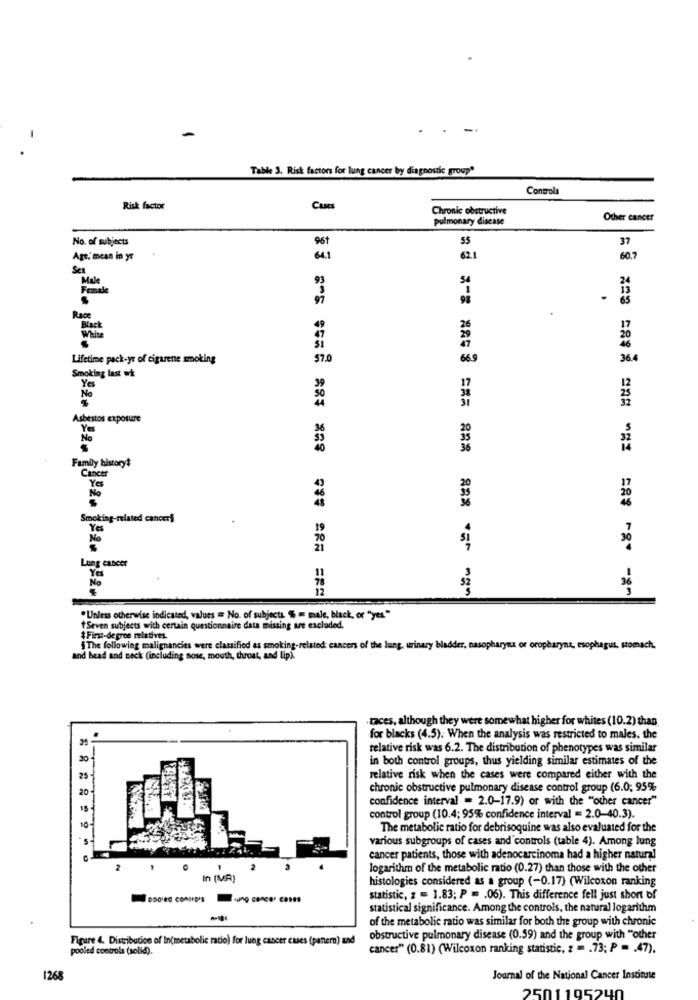
Table 3. Risk factors for lung cancer by diagnostic group"
Controls
Risk factor
Cases
Chronic obstructive
pulmonary disease
Other cancer
No. of subjects
961
55
37
Age, mean in yr
64.1
62.
60.7
Sex
Male
93
Female
97
Race
17
Black
White
20
Lifetime pack-yr of cigarette smoking
57.0
66.9
36.4
Smoking last wk
Yes
No
Asbestos exposure
Yes
32
Family historyt
Cancer
Yes
No
20
Smoking-related cancers
Yes
.7
No
30
Lung cancer
Ye
No
36
== ** **== === === === === mg
.Unless otherwise indicated, values = No. of subjects $ = male, black, or "yes"
Seven subjects with certain questionnaire data missing are excluded.
$First-degree relatives.
§ The following malignancies were classified as smoking-related: cancers of the lung, urinary bladder, nasopharynx or oropharynx, esophagus, stomach.
and head and neck (including nose, mouth, throat, and lip).
races, although they were somewhat higher for whites (10.2) than
for blacks (4.5). When the analysis was restricted to males. the
relative risk was 6.2. The distribution of phenotypes was similar
30
in both control groups, thus yielding similar estimates of the
25
relative risk when the cases were compared either with the
chronic obstructive pulmonary disease control group (6.0; 95%
confidence interval = 2.0-17.9) or with the "other cancer"
15
control group (10.4; 95% confidence interval = 2.0-40.3).
The metabolic ratio for debrisoquine was also evaluated for the
various subgroups of cases and controls (table 4). Among lung
cancer patients, those with adenocarcinoma had a higher natural
logarithm of the metabolic ratio (0.27) than those with the other
In (MR)
histologies considered as a group (-0.17) (Wilcoxon ranking
statistic, z = 1.83; P = . 06). This difference fell just short of
statistical significance. Among the controls, the natural logarithm
of the metabolic ratio was similar for both the group with chronic
Figure 4. Distribution of In(metabolic ratio) for lung cancer cases (pantem) and
obstructive pulmonary disease (0.59) and the group with "other
pooled controls (solid).
cancer" (0.81) (Wilcoxon ranking statistic, z = . 73; P = . 47).
1268
Journal of the National Cancer Institute
2501195240